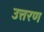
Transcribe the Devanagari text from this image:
उत्तरण